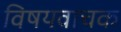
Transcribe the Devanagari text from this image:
विषयवाचक